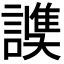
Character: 𧫟